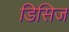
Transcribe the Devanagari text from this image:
डिसिज